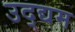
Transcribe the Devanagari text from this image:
उद्द्यम